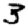
Digit: 3